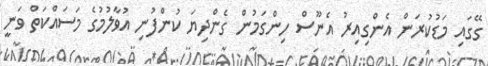
ގޭގައި މަޑުކުރަން އެންގިއިރު އެނޫސް ހިންގަމުން ގެންދިޔަ ކުންފުނި އުވާލުމުގެ މަސައްކަތް ވަނީ